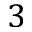
3